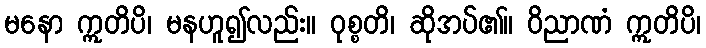
မနော ဣတိပိ၊ မနဟူ၍လည်း။ ဝုစ္စတိ၊ ဆိုအပ်၏။ ဝိညာဏံ ဣတိပိ၊